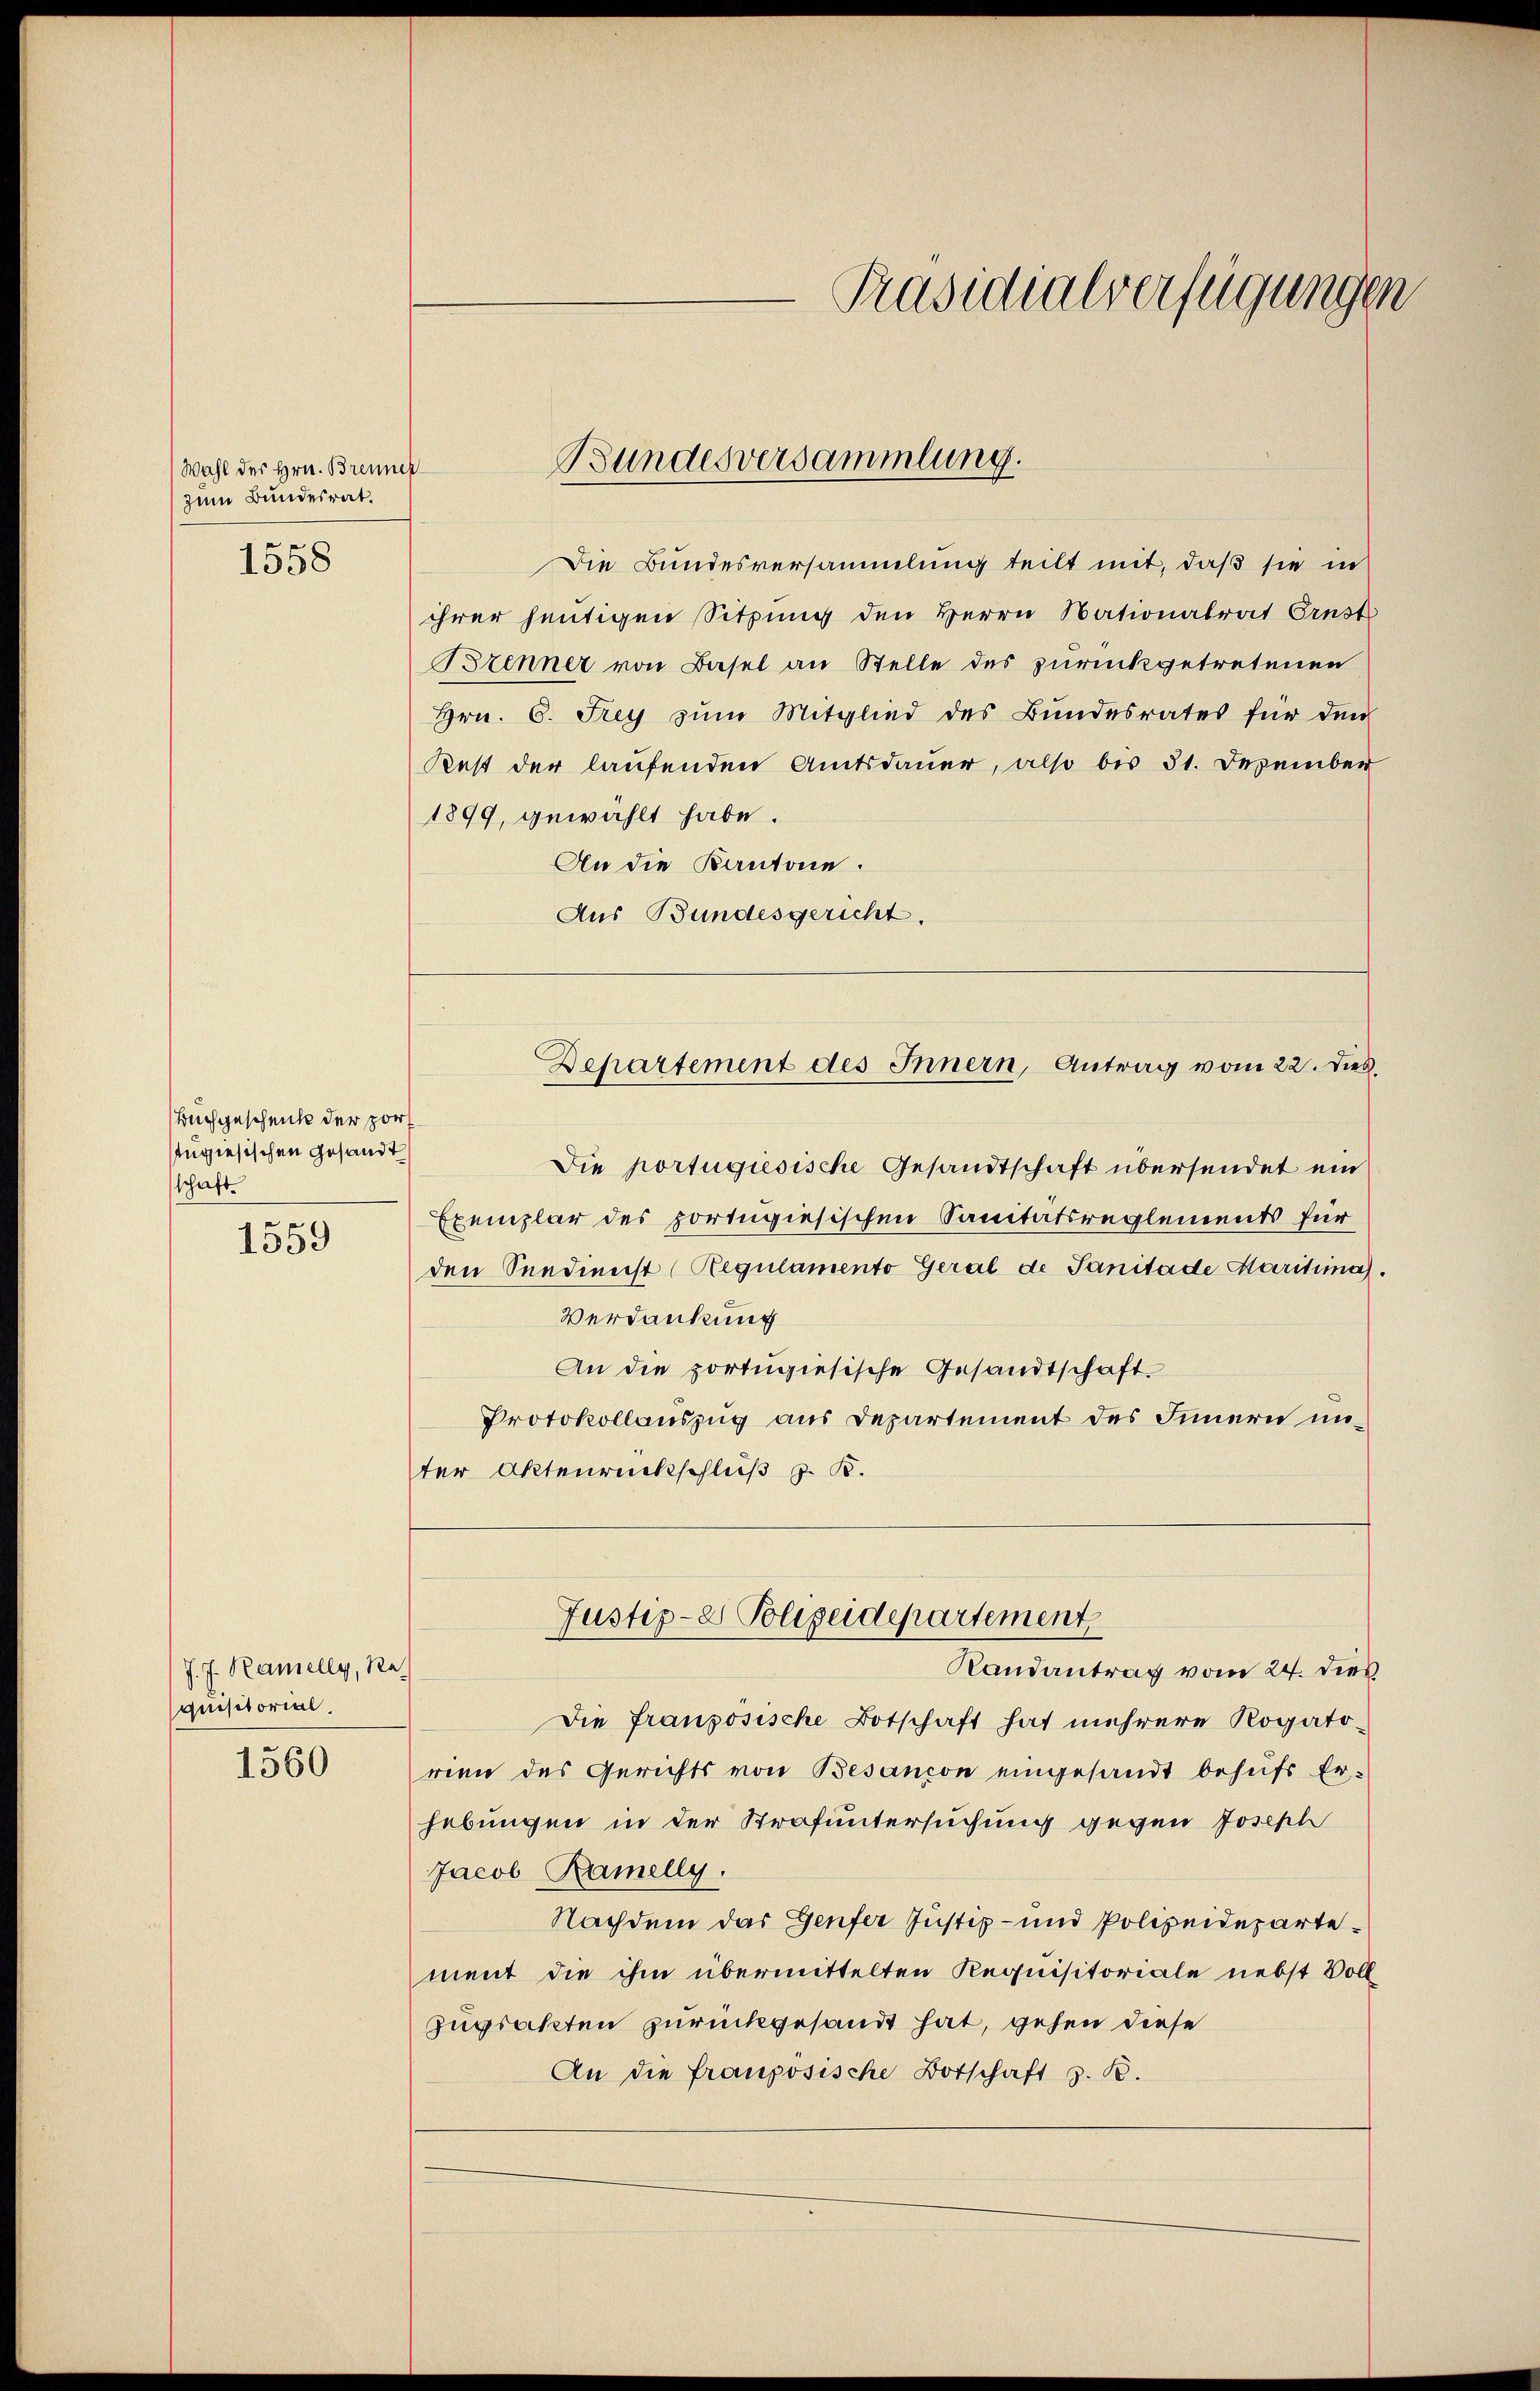
Wahl des Hrn. Brenn
zum Bundesrat.

1558

Buchgeschenk der port
stngiesischen Gesandt
schaft

1559

J. J. Kamelly, Re
quisitorial

1560

Präsidialverfügungen

e
Die Bundesversammlung teilt mit, daß sie in
ihrer heutigen Sitzung den Herrn Nationalrat Ernst
Bzenner von Basel an Stelle des zurückgetretenen
Hrn. 6. Frey zum Mitglied des Bundesrates für den
Rest der laufenden Amtsdauer, also bis 31. Dezember
1899, gewählt habe.
An die Kantone.
Aus Bundesgericht.

Bundesversammlung.

Departement des Innern, Antrag vom 22. dies

Justiz- & Polizeidepartement

Die portugisische Gesandtschaft übersendet ein
Exemplar des portugiesischen Sanitätsreglements für
den Seedienst (Regulamento Geral de Sanitade Maritima.
Verdankung
An die portugiesische Gesandtschaft.
Protokollauszug aus Departement des Innern unter Aktenrückschluß z. B.
Randantrag vom 24. dies
Die französische Botschaft hat mehrere Rogato-
ween des Gerichts von Besançon eingesandt behufs Er-
hebungen in der Strafuntersuchung gegen Joseph
Jacob Ramelly.
Nachdem das Genfer Justiz- und Polizeidepartement die ihm übermittelten Requisitoriale nebst Voll
Zugsakten zurückgesandt hat, gehen diese
An die fraupösische Botschaft z. B.